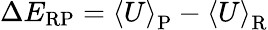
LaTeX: \Delta E_{\mathrm{RP}}=\left<U\right>_{\mathrm{P}}-\left<U\right>_{\mathrm{R}}